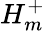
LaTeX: H_{m}^{+}